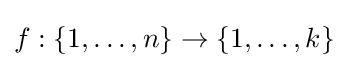
f:\{1,\ldots ,n\}\to \{1,\ldots ,k\}